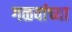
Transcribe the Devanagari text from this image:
गळवांच्या